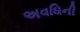
અવઘિની